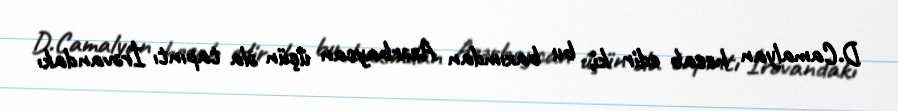
D.Camalyan hesab edir ki, bu baxımdan Azərbaycan üçün əla tapıntı İrəvandakı